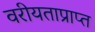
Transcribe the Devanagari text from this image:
वरीयताप्राप्त